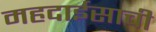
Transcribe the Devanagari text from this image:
महदाईसाची